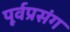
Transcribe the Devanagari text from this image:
पूर्वप्रसंग